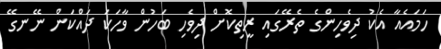
ހަމައެއާ އެކު ދިވެހިންގެ ތެރޭގައި ރީތިކޮށް ދިވެހި ބަހުން ވާހަކަ ދައްކަން ނޭނގޭ